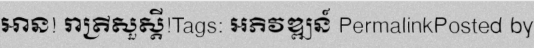
អាន! រាត្រីសួស្តី!Tags: អភិវឌ្ឍន៍ PermalinkPosted by